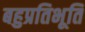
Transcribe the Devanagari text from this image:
बहुप्रतिभूति